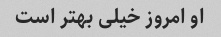
او امروز خیلی بهتر است